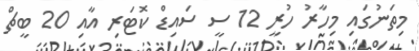
މިތަނުގައި މިހާރު ހުރީ 12 ސީ ސައިޑް ކޮޓަރި އާއި 20 ބީޗް